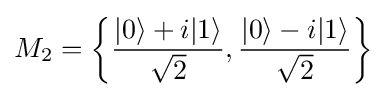
M_{2}=\left\{{\frac {|0\rangle +i|1\rangle }{\sqrt {2}}},{\frac {|0\rangle -i|1\rangle }{\sqrt {2}}}\right\}